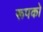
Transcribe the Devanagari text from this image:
रूपको